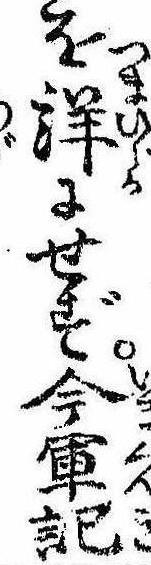
を詳にせず今軍記